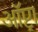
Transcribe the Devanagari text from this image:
ऑप्ट्रा